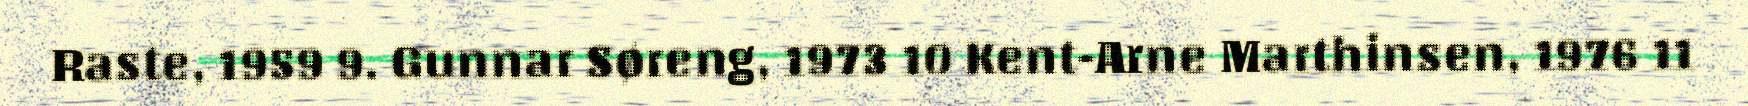
Raste, 1959 9. Gunnar Søreng, 1973 10 Kent-Arne Marthinsen, 1976 11